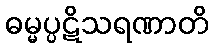
ဓမ္မပ္ပဋိသရဏာတိ